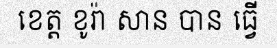
ខេត្ត ខូរ៉ា សាន បាន ធ្វើ